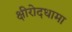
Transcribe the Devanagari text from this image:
क्षीरोदधामा